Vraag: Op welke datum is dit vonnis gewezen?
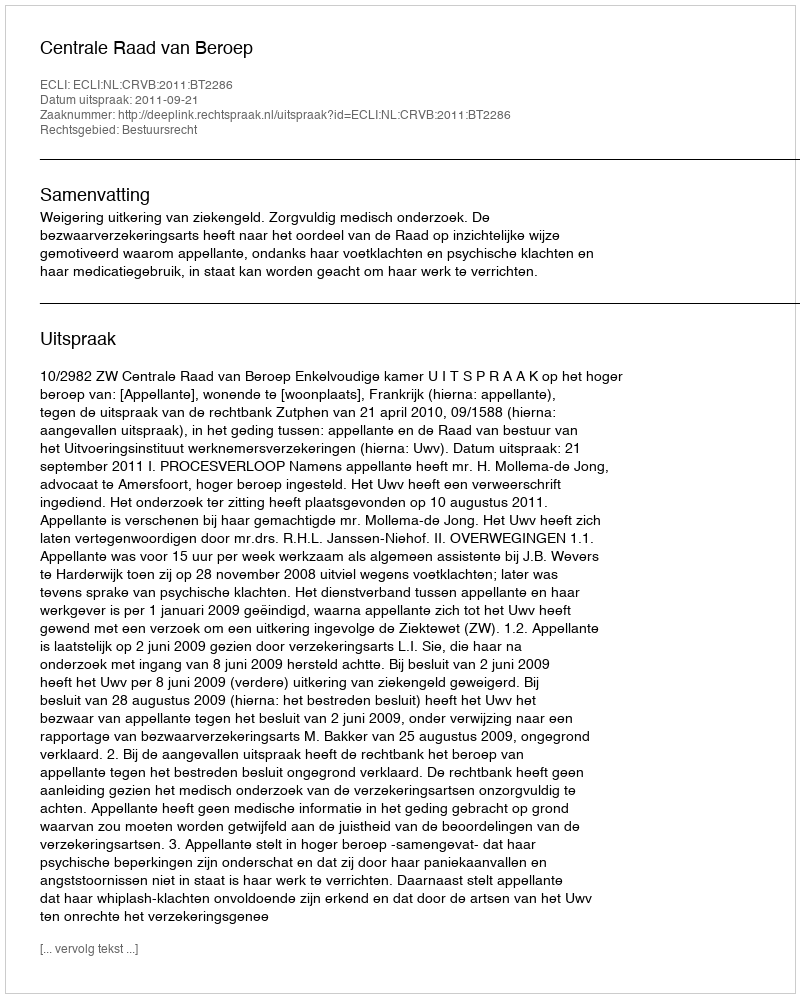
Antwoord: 2011-09-21